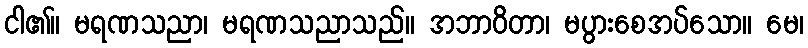
ငါ၏။ မရဏသညာ၊ မရဏသညာသည်။ အဘာဝိတာ၊ မပွားစေအပ်သော။ မေ၊